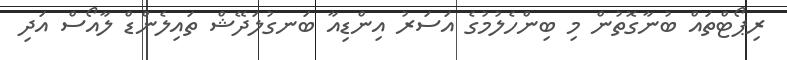
ރިޕޯޓްތައް ބުނާގޮތުން މި ބިންހެލުމުގެ އަސަރު އިންޑިއާ ބަނގުލަދޭޝް ތައިލެންޑް ލާއޯސް އަދި